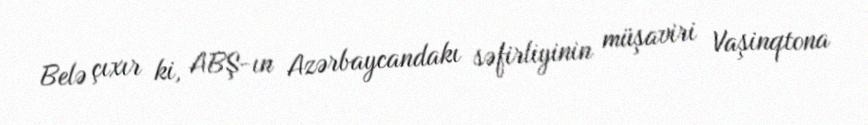
Belə çıxır ki, ABŞ-ın Azərbaycandakı səfirliyinin müşaviri Vaşinqtona